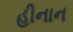
હીનાન